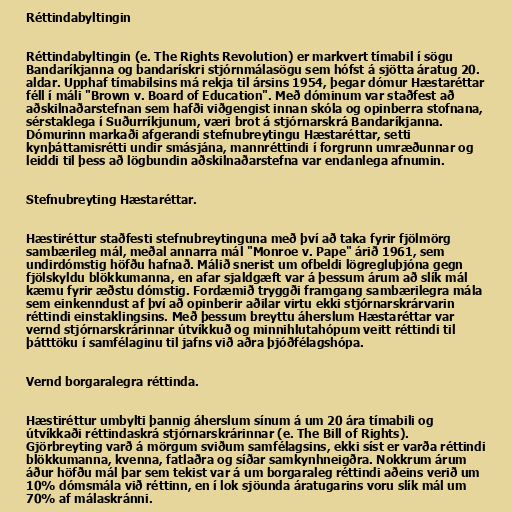
Réttindabyltingin

Réttindabyltingin (e. The Rights Revolution) er markvert tímabil í sögu
Bandaríkjanna og bandarískri stjórnmálasögu sem hófst á sjötta áratug 20.
aldar. Upphaf tímabilsins má rekja til ársins 1954, þegar dómur Hæstaréttar
féll í máli "Brown v. Board of Education". Með dóminum var staðfest að
aðskilnaðarstefnan sem hafði viðgengist innan skóla og opinberra stofnana,
sérstaklega í Suðurríkjunum, væri brot á stjórnarskrá Bandaríkjanna.
Dómurinn markaði afgerandi stefnubreytingu Hæstaréttar, setti
kynþáttamisrétti undir smásjána, mannréttindi í forgrunn umræðunnar og
leiddi til þess að lögbundin aðskilnaðarstefna var endanlega afnumin.

Stefnubreyting Hæstaréttar.

Hæstiréttur staðfesti stefnubreytinguna með því að taka fyrir fjölmörg
sambærileg mál, meðal annarra mál "Monroe v. Pape" árið 1961, sem
undirdómstig höfðu hafnað. Málið snerist um ofbeldi lögregluþjóna gegn
fjölskyldu blökkumanna, en afar sjaldgæft var á þessum árum að slík mál
kæmu fyrir æðstu dómstig. Fordæmið tryggði framgang sambærilegra mála
sem einkenndust af því að opinberir aðilar virtu ekki stjórnarskrárvarin
réttindi einstaklingsins. Með þessum breyttu áherslum Hæstaréttar var
vernd stjórnarskrárinnar útvíkkuð og minnihlutahópum veitt réttindi til
þátttöku í samfélaginu til jafns við aðra þjóðfélagshópa.

Vernd borgaralegra réttinda.

Hæstiréttur umbylti þannig áherslum sínum á um 20 ára tímabili og
útvíkkaði réttindaskrá stjórnarskrárinnar (e. The Bill of Rights).
Gjörbreyting varð á mörgum sviðum samfélagsins, ekki síst er varða réttindi
blökkumanna, kvenna, fatlaðra og síðar samkynhneigðra. Nokkrum árum
áður höfðu mál þar sem tekist var á um borgaraleg réttindi aðeins verið um
10% dómsmála við réttinn, en í lok sjöunda áratugarins voru slík mál um
70% af málaskránni.